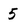
Character: 5